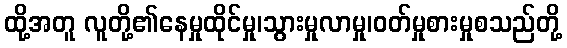
ထို့အတူ လူတို့၏နေမှုထိုင်မှု၊သွားမှုလာမှု၊ဝတ်မှုစားမှုစသည်တို့